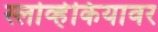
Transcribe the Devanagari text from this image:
स्लोव्हेकियावर